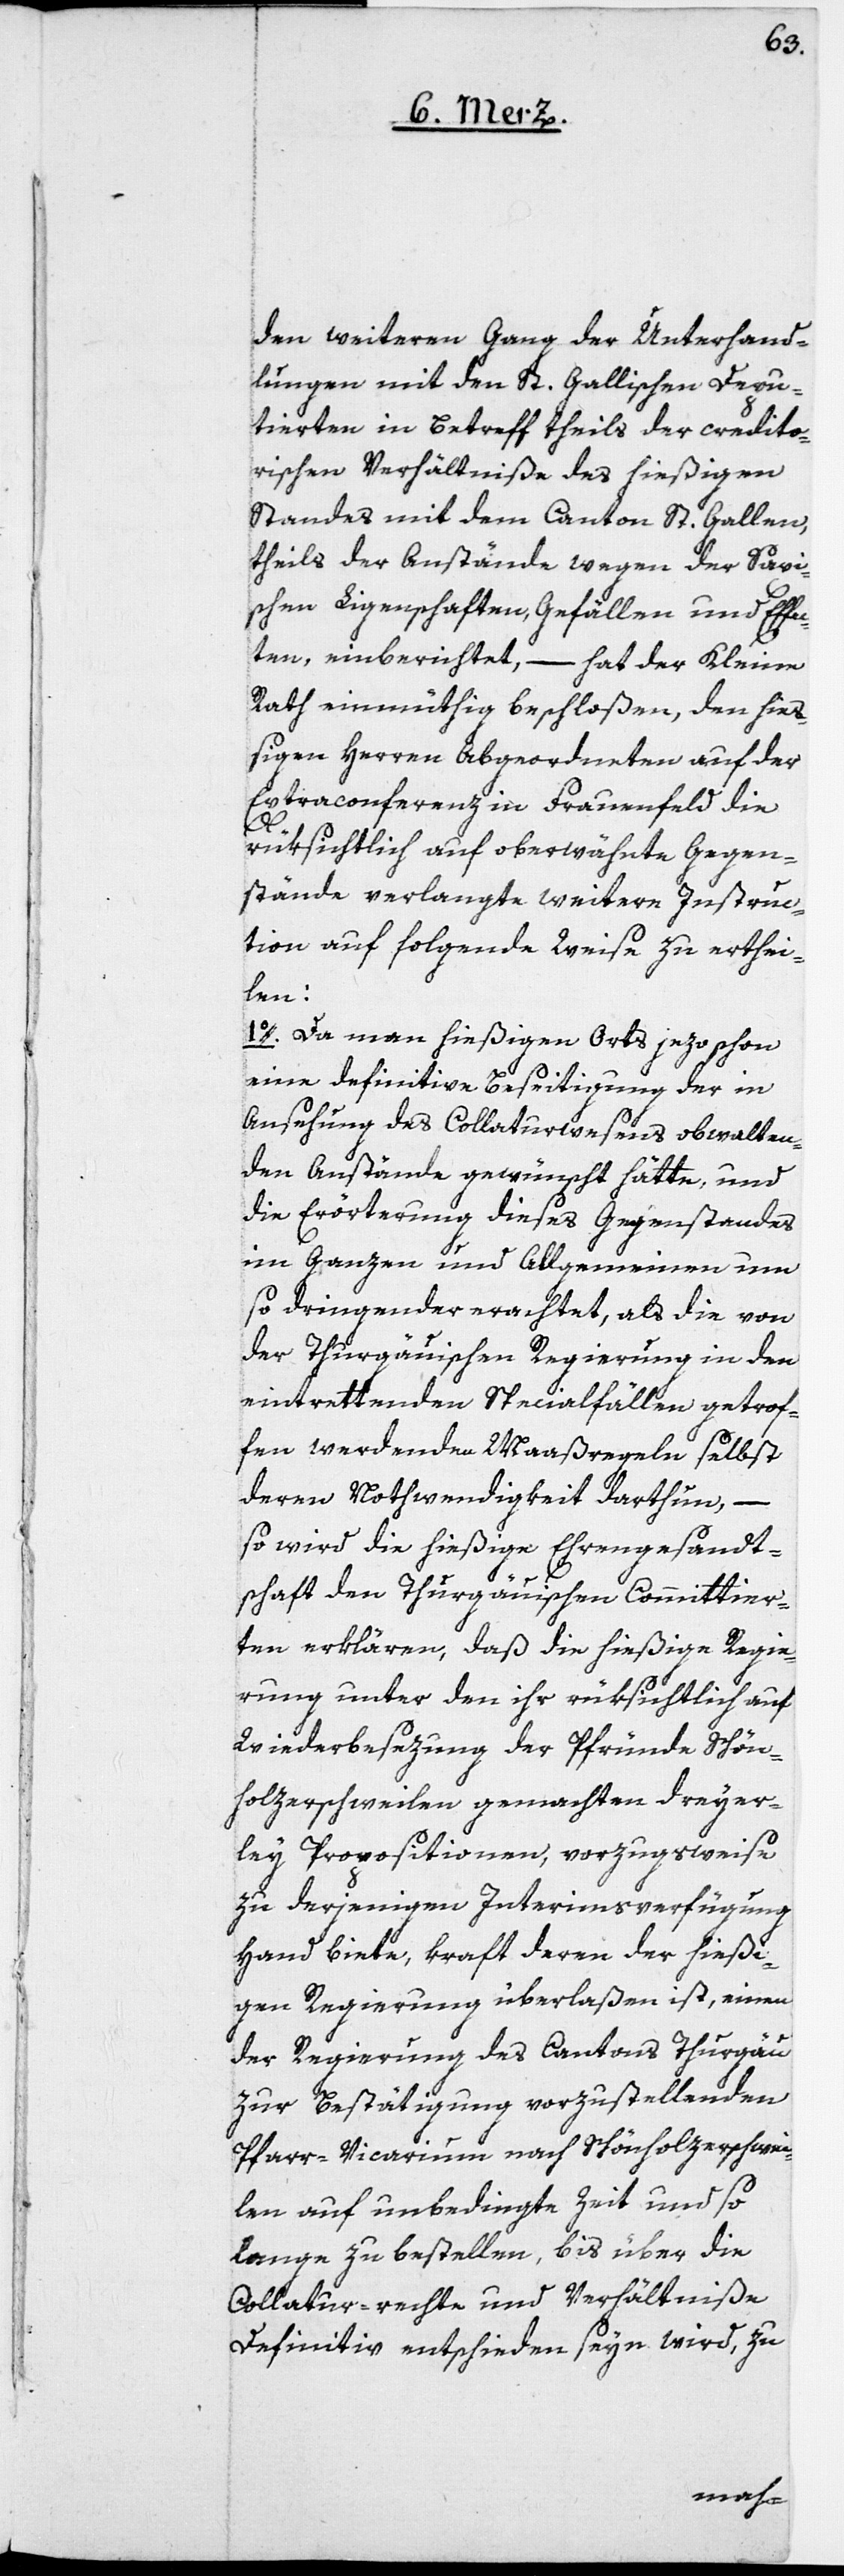
den weiteren Gang der Unterhand¬
lungen mit den St. Gallischen Depu¬
tirten in Betreff theils der credito¬
rischen Verhältniße des hießigen
Standes mit dem Canton St. Gallen,
theils der Anstände wegen der Saxi¬
schen Ligenschaften, Gefällen und Effec¬
ten, einberichtet, – hat der Kleine
Rath einmüthig beschloßen, den hieß¬
igen Herren Abgeordneten auf der
Extraconferenz in Frauenfeld die
rüksichtlich auf oberwähnte Gegen¬
stände verlangte weitere Instruc¬
tion auf folgende Weise zu erthei¬
len:
1o. Da man hießigen Orts jezo schon
eine definitive Beseitigung der in
Ansehung des Collaturwesens obwalten¬
den Anstände gewünscht hätte, und
die Erörterung dieses Gegenstandes
im Ganzen und Allgemeinen um
so dringender erachtet, als die von
der Thurgauischen Regierung in den
eintrettenden Specialfällen getrof¬
fen werdenden Maaßregeln selbst
deren Nothwendigkeit darthun, –
so wird die hießige Ehrengesandt¬
schaft den Thurgauischen Committier¬
ten erklären, daß die hießige Regie¬
rung unter der ihr rüksichtlich auf
Wiederbesezung der Pfründe Schön¬
holzerschweilen gemachten dreyer¬
ley Propositionen, vorzugsweise
zu derjenigen Interimsverfügung
Hand biete, kraft deren der hießi¬
gen Regierung überlaßen ist, einen
der Regierung des Cantons Thurgäu
zur Bestätigung vorzustellenden
Pfarr-Vicarium nach Schönholzerschwei¬
len auf unbedingte Zeit und so
lange zu bestellen, bis über die
Collatur-rechte und Verhältniße
definitiv entschieden seyn wird, zu